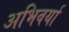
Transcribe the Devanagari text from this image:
अभिवर्या